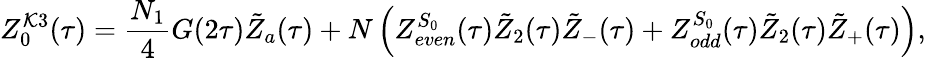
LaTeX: Z_{0}^{\mathcal{K}3}(\tau)=\frac{{N_{1}}}{{4}}G(2\tau){\tilde{{Z}}}_{a}(\tau)+N\left(Z_{even}^{S_{0}}(\tau){\tilde{{Z}}}_{2}(\tau){\tilde{{Z}}}_{-}(\tau)+Z_{odd}^{S_{0}}(\tau){\tilde{{Z}}}_{2}(\tau){\tilde{{Z}}}_{+}(\tau)\right),